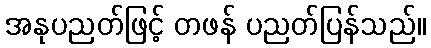
အနုပညတ်ဖြင့် တဖန် ပညတ်ပြန်သည်။